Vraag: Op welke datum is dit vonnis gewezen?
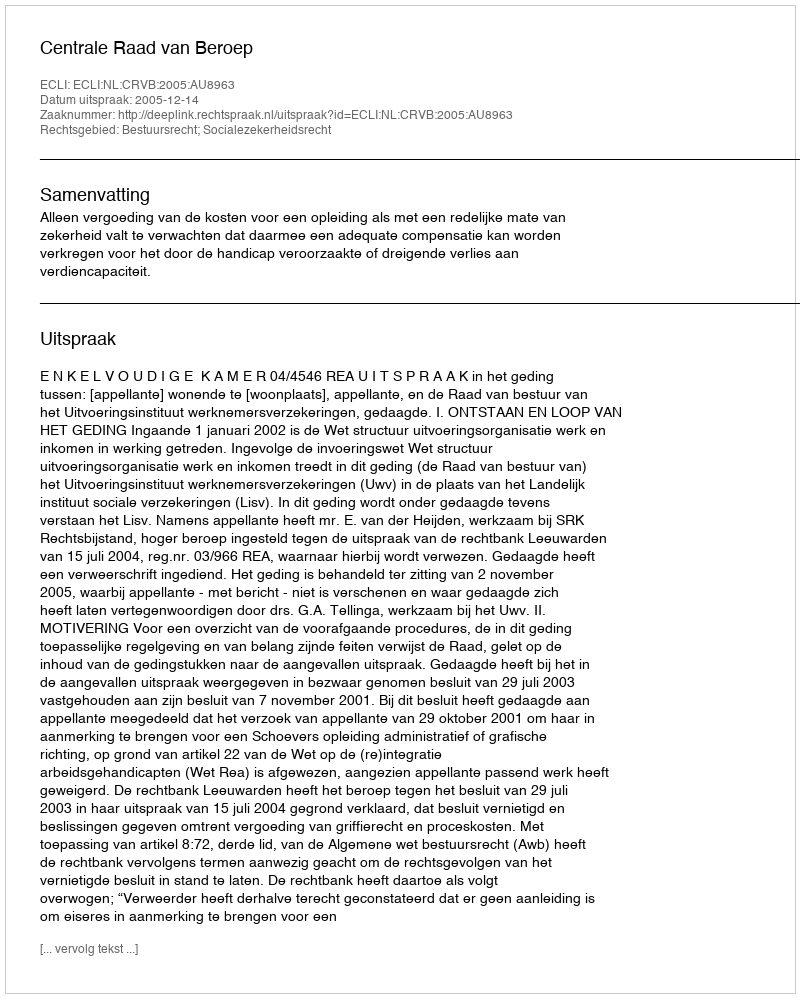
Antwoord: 2005-12-14